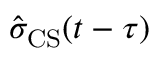
\ensuremath { \hat { \sigma } } _ { \mathrm { C S } } ( t - \tau )